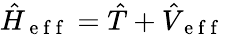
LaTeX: \hat{H}_{\mathrm{~e~f~f~}}=\hat{T}+\hat{V}_{\mathrm{~e~f~f~}}